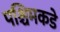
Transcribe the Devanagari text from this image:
पश्चिमकडे